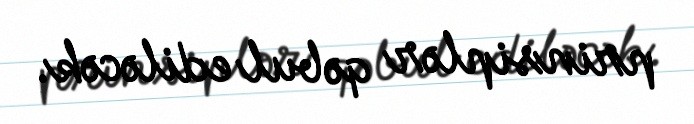
prinsiplər qəbul ediləcək.